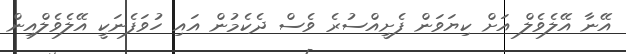
އޭނާ އޭލެވެލް އަށް ކިޔަވަން ފެށީއްސުރެ ވެސް ދެކެމުން އައި ހުވަފެނަކީ އޭލެވެލްއިން